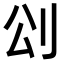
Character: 𠛀